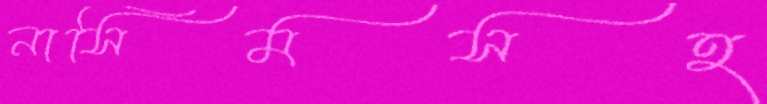
নাসিমসহ